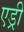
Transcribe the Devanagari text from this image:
एड्री